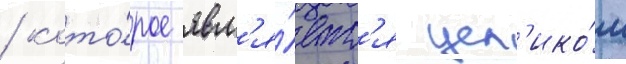
/ кото́рое явл'я́етс'я цел'ико́м